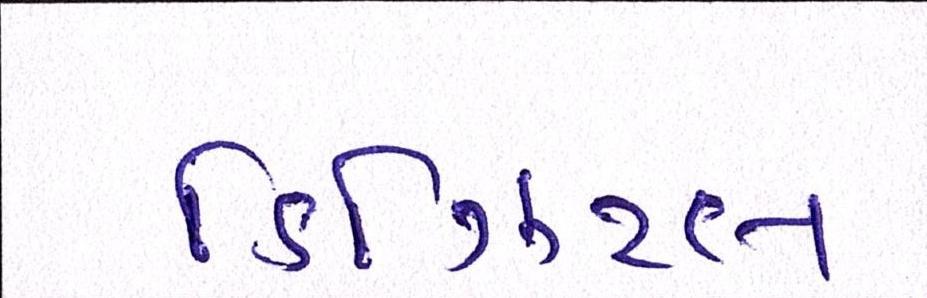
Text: ડિઝિટલ